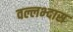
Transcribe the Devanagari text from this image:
वल्लभ्दास